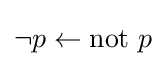
\neg p\leftarrow \mathrm {not} ~p